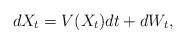
\begin{align*}dX_t=V(X_t)dt+dW_t,\end{align*}